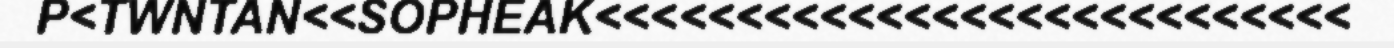
P<TWNTAN<<SOPHEAK<<<<<<<<<<<<<<<<<<<<<<<<<<<